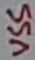
Text: VSS